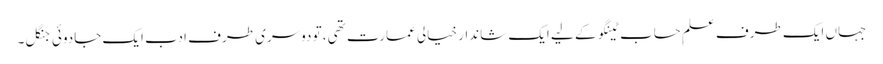
جہاں ایک طرف علمِ حساب ٹینگو کے لیے ایک شاندار خیالی عمارت تھی، تو دوسری طرف ادب ایک جادوئی جنگل۔